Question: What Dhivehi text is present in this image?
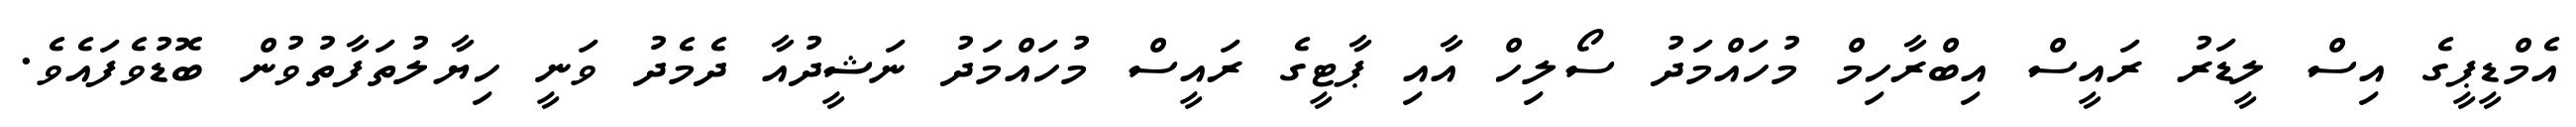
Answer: އެމްޑީޕީގެ އިސް ލީޑަރު ރައީސް އިބްރާހިމް މުހައްމަދު ސޯލިހް އާއި ޕާޓީގެ ރައީސް މުހައްމަދު ނަޝީދުއާ ދެމެދު ވަނީ ހިޔާލުތަފާތުވުން ބޮޑުވެފައެވެ.